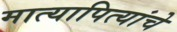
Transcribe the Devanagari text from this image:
मात्यापित्यांचे